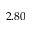
2 . 8 0